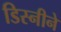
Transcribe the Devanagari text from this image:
डिस्नीने